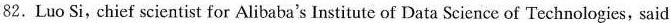
82.Luo Si, chief scicntist for Alibaba's Institute of Data Science of Technologies, said